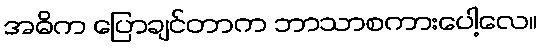
အဓိက ပြောချင်တာက ဘာသာစကားပေါ့လေ။